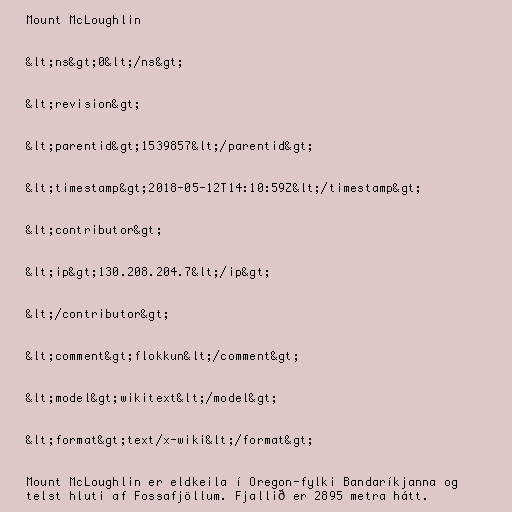
Mount McLoughlin

&lt;ns&gt;0&lt;/ns&gt;

&lt;revision&gt;

&lt;parentid&gt;1539857&lt;/parentid&gt;

&lt;timestamp&gt;2018-05-12T14:10:59Z&lt;/timestamp&gt;

&lt;contributor&gt;

&lt;ip&gt;130.208.204.7&lt;/ip&gt;

&lt;/contributor&gt;

&lt;comment&gt;flokkun&lt;/comment&gt;

&lt;model&gt;wikitext&lt;/model&gt;

&lt;format&gt;text/x-wiki&lt;/format&gt;

Mount McLoughlin er eldkeila í Oregon-fylki Bandaríkjanna og
telst hluti af Fossafjöllum. Fjallið er 2895 metra hátt.